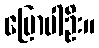
ပြောပါဦး။